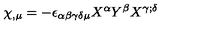
\chi _ { , \mu } = - \epsilon _ { \alpha \beta \gamma \delta \mu } X ^ { \alpha } Y ^ { \beta } X ^ { \gamma ; \delta }